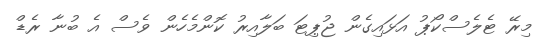
މިރޭ ޓެލެސްކޯޕު އަޅައިގެން ޖުޕިޓަ ބަލާއިރު ކޮންމެހެން ވެސް އެ ބުނާ ރެޑް